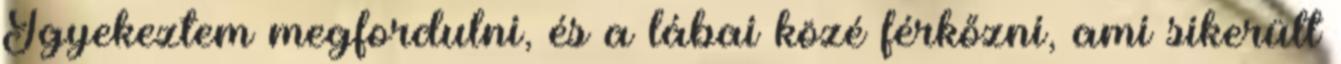
Igyekeztem megfordulni, és a lábai közé férkőzni, ami sikerült